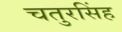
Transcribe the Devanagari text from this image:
चतुरसिंह